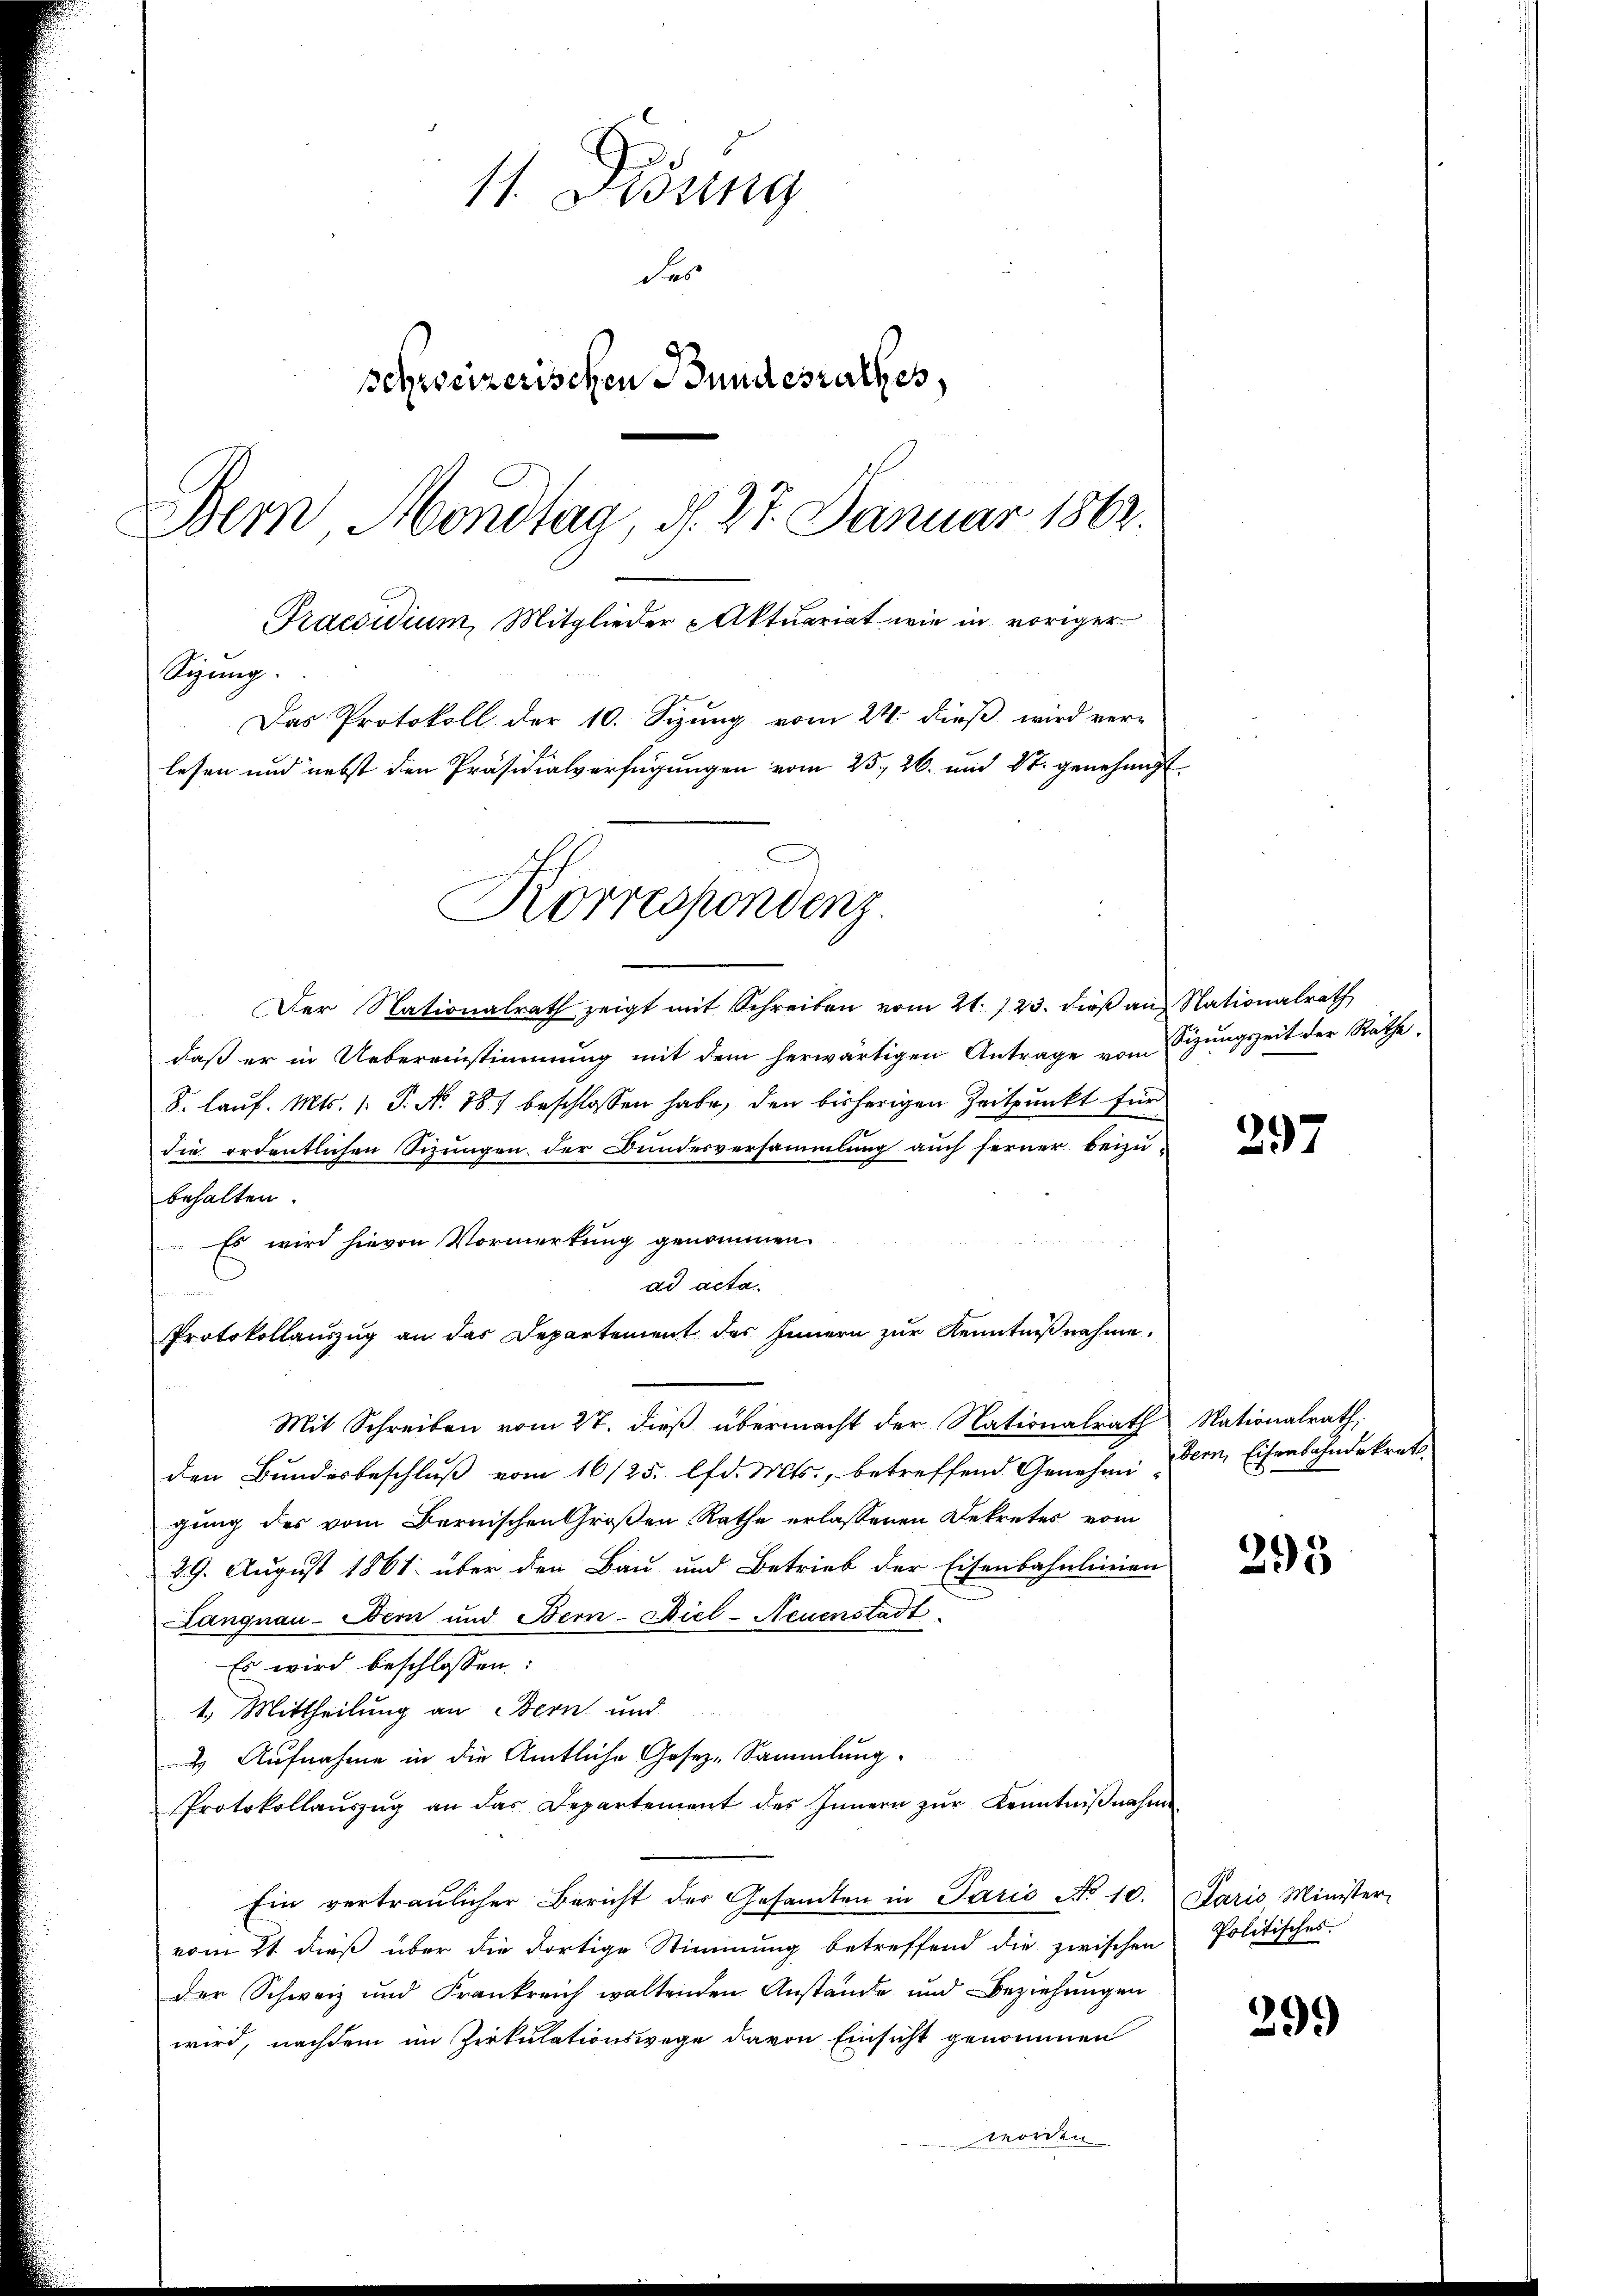
11. Didung
des
schweizerischen Bundesrathes,
Bern Mondtag, d. 27. Januar 1863.
Praesidium, Mitglieder Aktuariat wie in voriger
Sizung.
Das Protokoll der 10. Sizung vom 24. dieß wird verlesen und nebst den Präsidialverfügungen vom 25. 26. und St. genehmigt.

Korrespondenz

Der Nationalrath zeigt mit Schreiben vom 21. 123. dieβ an Nationalrath
daß er in Uebereinstimmung mit dem herwärtigen Antrage vom
8. lauf. Mts. 1. P. No. 187 beschlossen habe, den bisherigen Zeitpunkt für
die ordentlichen Sizungen der Bundesversammlung auch ferner beizu-
behalten.
Es wird hievon Vormerkung genommen
ad acte.
Protokollauszug an das Departement des Innern zur Kenntnißnahme.
Mit Schreiben vom 27. dieß übermacht der Nationalrath
den Bundesbeschluß vom 16/25. lfd. Mts., betreffend Genehmi
gung des vom Bernischen Großen Rathe erlassenen Dekretes vom
29. August 1861 über den Bau und Betrieb der Eisenbahnlinien
Langnau-Bern und Bern-Biel-Neuenstadt
Es wird beschlossen:
1.) Mittheilung an Bern und
 Aufnahme in die Amtliche Gesez-Sammlung.
Protokollaŭszŭg an das Departement des Innern zŭr Kenntniβnahme
Ein vertraulicher Bericht des Gesamten in Paris No 10. Paris Minister-
vom 21. dieß über die dortige Stimmung betreffend die zwischen Politisches
der Schweiz und Frankreich waltenden Anstände und Beziehungen
wird, nachdem im Zirkulationswege davon Einsicht genommen
worden

Sizungszeit der Räthe.

297

Nationalrath.
dern, Eisenbahndekret.

295

299